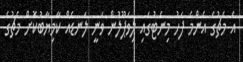
އެ މެޗުގެ އެންމެ ފަހު މިނެޓުގައި ލިވަޕޫލުން ވަނީ ލަނޑެއް ކާމިޔާބުކޮށް މެޗުގެ